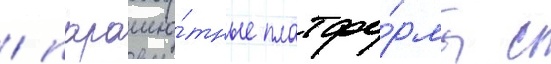
/ парашю́тные платфо́рмы с